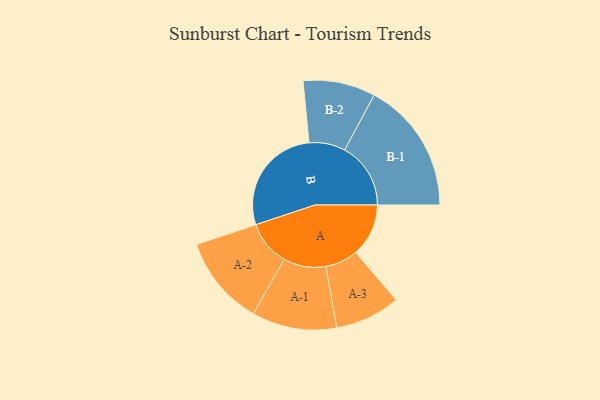
{"axis": {"x": "Segment", "y": "Value"}, "legend": ["", "A", "B"], "data": [{"x": "A", "y": 228, "type": ""}, {"x": "B", "y": 475, "type": ""}, {"x": "A-1", "y": 183, "type": "A"}, {"x": "A-2", "y": 194, "type": "A"}, {"x": "A-3", "y": 141, "type": "A"}, {"x": "B-1", "y": 285, "type": "B"}, {"x": "B-2", "y": 156, "type": "B"}]}